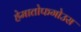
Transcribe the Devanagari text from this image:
हेमातोफगोउस